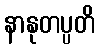
နာနုတပ္ပတိ